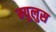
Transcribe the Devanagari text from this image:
म्युलुस